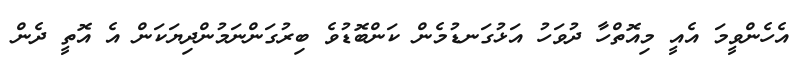
އެހެންވީމަ އެއީ މިއޮތްހާ ދުވަހު އަޅުގަނޑުމެން ކަންބޮޑުވެ ބިރުގަންނަމުންދިޔަކަން އެ އޮތީ ދެން